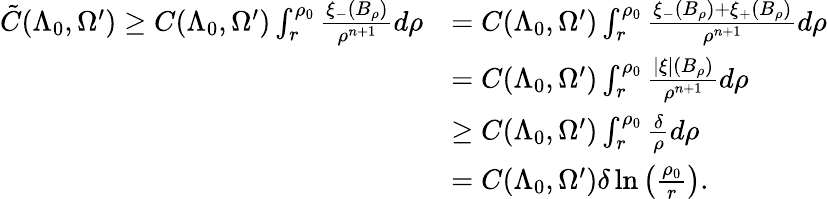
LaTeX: \begin{array}{rl}{\tilde{C}(\Lambda_{0},\Omega^{\prime})\geq C(\Lambda_{0},\Omega^{\prime})\int_{r}^{\rho_{0}}\frac{\xi_{-}(B_{\rho})}{\rho^{n+1}}d\rho}&{=C(\Lambda_{0},\Omega^{\prime})\int_{r}^{\rho_{0}}\frac{\xi_{-}(B_{\rho})+\xi_{+}(B_{\rho})}{\rho^{n+1}}d\rho}\\ &{=C(\Lambda_{0},\Omega^{\prime})\int_{r}^{\rho_{0}}\frac{|\xi|(B_{\rho})}{\rho^{n+1}}d\rho}\\ &{\geq C(\Lambda_{0},\Omega^{\prime})\int_{r}^{\rho_{0}}\frac{\delta}{\rho}d\rho}\\ &{=C(\Lambda_{0},\Omega^{\prime})\delta\ln\left(\frac{\rho_{0}}{r}\right).}\end{array}